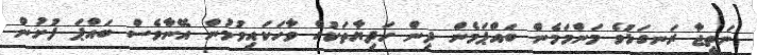
ނަތީޖާ ރަނގަޅުވެ މަންމަމެން ބައްޕަމެން ދިން ހަދިޔާތަކުގެ ވާހަކައިވުމުން އޭނާވެސް ބައްޕަ ފުށުން